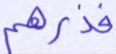
فذرهم